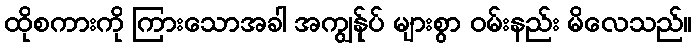
ထိုစကားကို ကြားသောအခါ အကျွန်ုပ် များစွာ ဝမ်းနည်း မိလေသည်။